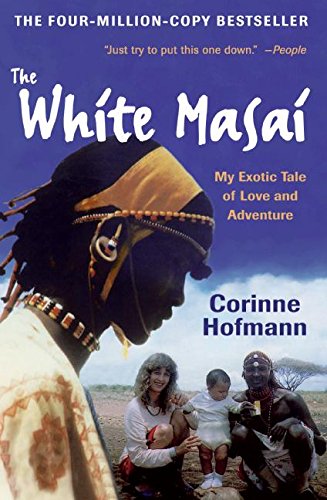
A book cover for The White Masai: My Exotic Tale of Love and Adventure; Corinne Hofmann; Travel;